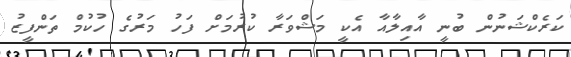
ކަރެކްޝަނުން ބުނީ އާއިލާއާ އެކީ މަޝްވަރާ ކުރުމަށް ފަހު މަރުގެ ހުކުމް ތަންފީޒު